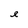
Character: e